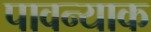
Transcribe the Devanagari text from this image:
पावन्याक